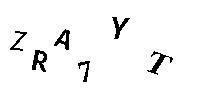
ZRA7YT